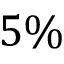
5 \%